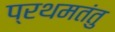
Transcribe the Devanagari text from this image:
प्रथमतंतु